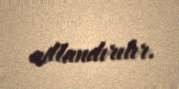
adlandırılır.